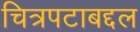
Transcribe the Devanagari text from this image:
चित्रपटाबद्दल